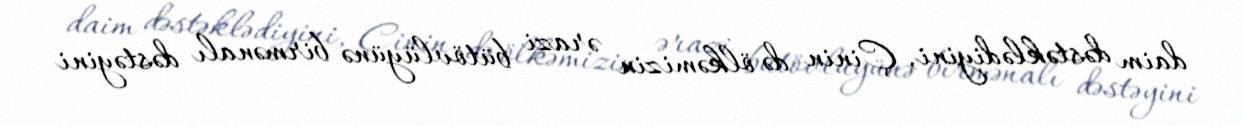
daim dəstəklədiyini, Çinin də ölkəmizin ərazi bütövlüyünə birmənalı dəstəyini